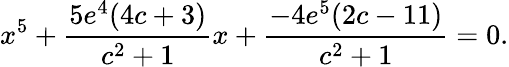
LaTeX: x^{5}+{\frac{5e^{4}(4c+3)}{c^{2}+1}}x+{\frac{-4e^{5}(2c-11)}{c^{2}+1}}=0.